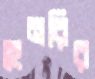
হেনরির